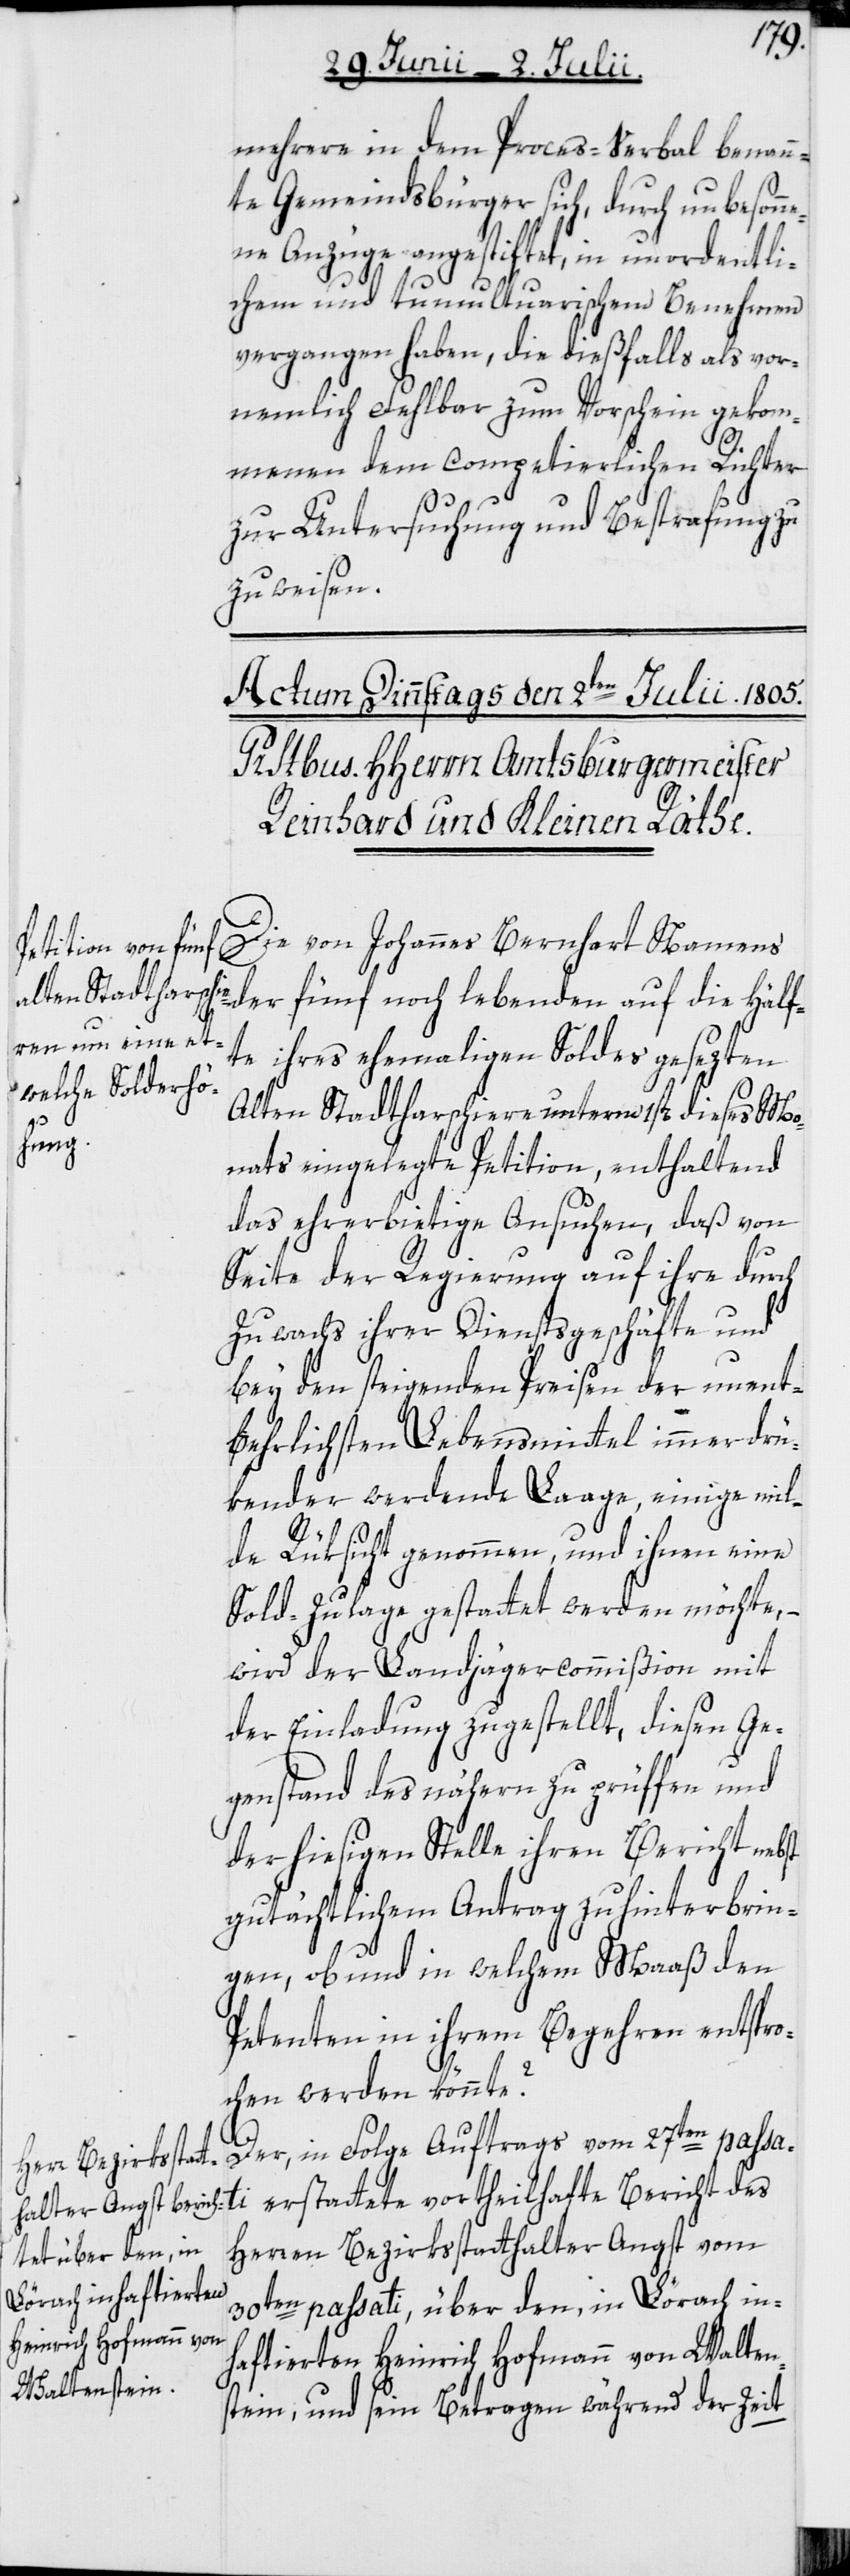
mehrere in dem Proces-Verbal benann¬
te Gemeindsbürger sich, durch unbesonn¬
ene Anzüge angestiftet, in unordentli¬
chem und tumultuarischem Benehmen
vergangen haben, die dießfalls als vor¬
nemlich Fehlbar zum Vorschein gekom¬
menen dem competierlichen Richter
zur Untersuchung und Bestrafung zu¬
zuweisen.
lebenden auf die Hälf¬
Die von Johannes Bernhart Namens
te ihres ehemaligen Soldes gesezten
Alten Stadtharschiere unterm 1st[en] dieses Mo¬
nats eingelegte Petition, enthaltend
das ehrerbietige Ansuchen, daß von
Seite der Regierung auf ihre durch
Zuwachs ihrer Dienstgeschäfte und
bey den steigenden Preisen der unent¬
behrlichsten Lebensmittel immer drü¬
kender werdende Laage, einige mil¬
de Rüksicht genommen, und ihnen eine
Sold-Zulage gestattet werden möchte, –
wird der Landjägercommißion mit
der Einladung zugestellt, diesen Ge¬
genstand des nähern zu prüffen und
der hiesigen Stelle ihren Bericht nebst
gutächtlichem Antrag zu hinterbrin¬
gen, ob und in welchem Maaß den
Petenten in ihrem Begehren entspro¬
chen werden könnte?
Der, in Folge Auftrags vom 27ten passati
Herren Bezirksstatthalter Angst vom
30ten passati, über den, in Lörach in¬
haftierten Heinrich Hofmann von Walten¬
stein, und sein Betragen während der Zeit